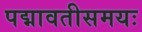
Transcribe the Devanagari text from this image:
पद्मावतीसमयः